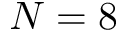
N = 8